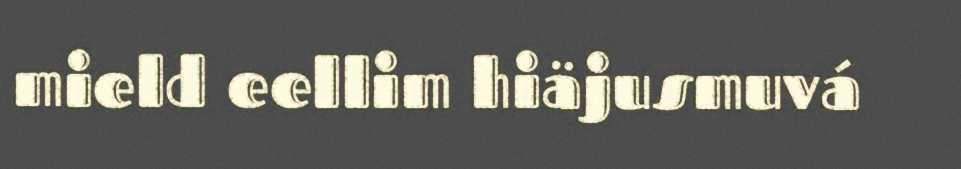
mield eellim hiäjusmuvá